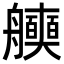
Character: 𮎖